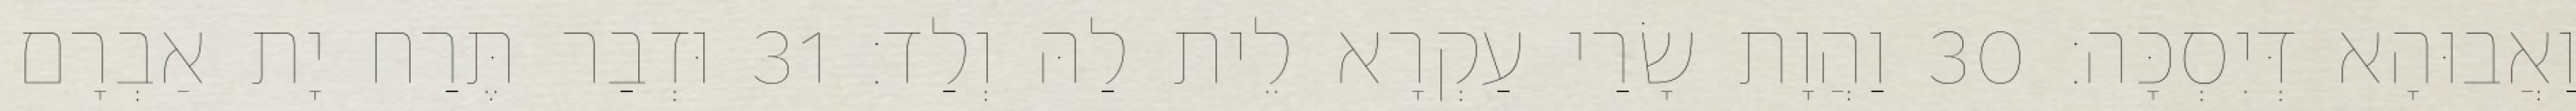
וַאֲבוּהָא דְּיִסְכָּה׃ 30 וַהֲוָת שָׂרַי עַקְרָא לֵית לַהּ וְלַד׃ 31 וּדְבַר תֶּרַח יָת אַבְרָם